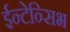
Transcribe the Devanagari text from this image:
ईन्टेन्सिभ